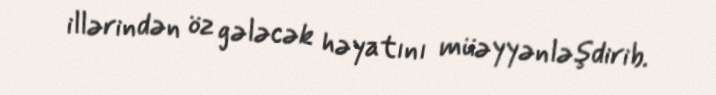
illərindən öz gələcək həyatını müəyyənləşdirib.